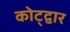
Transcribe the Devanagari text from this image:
कोट्द्वार